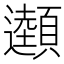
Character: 𩕜